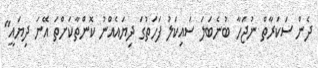
ދެން ސަކަރާތް ނުޖަހާ ބުނެބަލަ ސައިކަލު ފަހަތުގަ ދިޔައެއްނު ކޮންތާކަށްތަ އޭނަ ދިޔައީ"